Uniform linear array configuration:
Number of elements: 24
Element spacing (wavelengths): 0.75
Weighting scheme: blackman
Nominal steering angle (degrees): -15
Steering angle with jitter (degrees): -14.843
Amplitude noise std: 0.05
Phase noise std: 0.05

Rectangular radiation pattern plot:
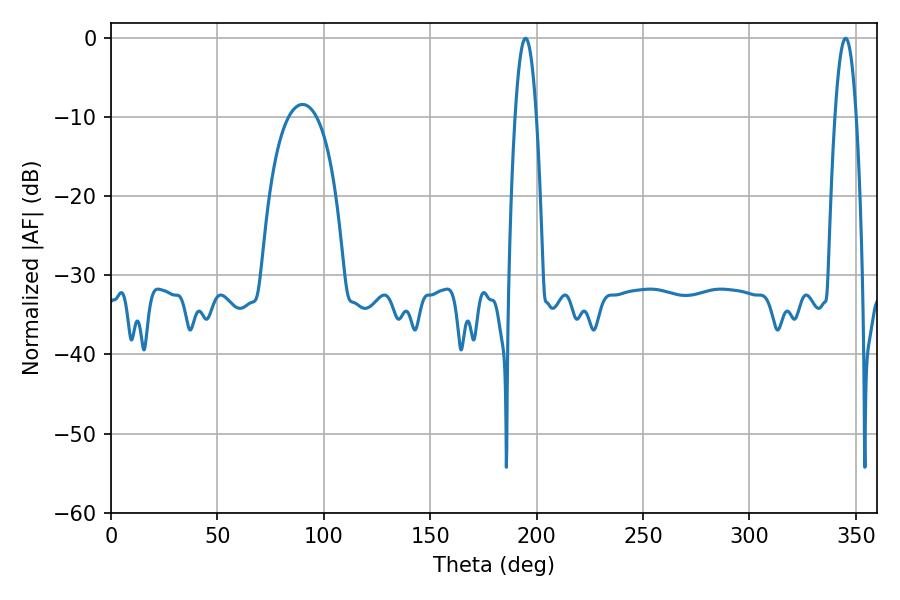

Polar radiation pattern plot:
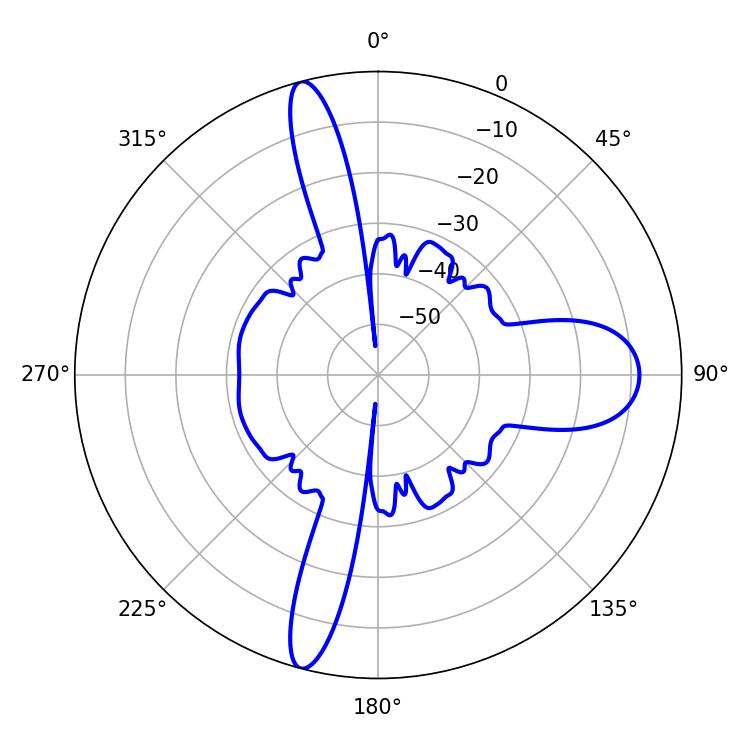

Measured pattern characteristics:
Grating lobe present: TRUE
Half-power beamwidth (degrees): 5.58
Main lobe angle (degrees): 194.76